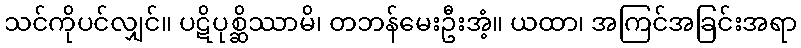
သင်ကိုပင်လျှင်။ ပဋိပုစ္ဆိဿာမိ၊ တဘန်မေးဦးအံ့။ ယထာ၊ အကြင်အခြင်းအရာ